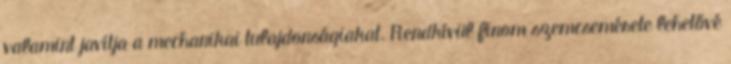
valamint javítja a mechanikai tulajdonságiakat. Rendkívül finom szemcsemérete lehetővé